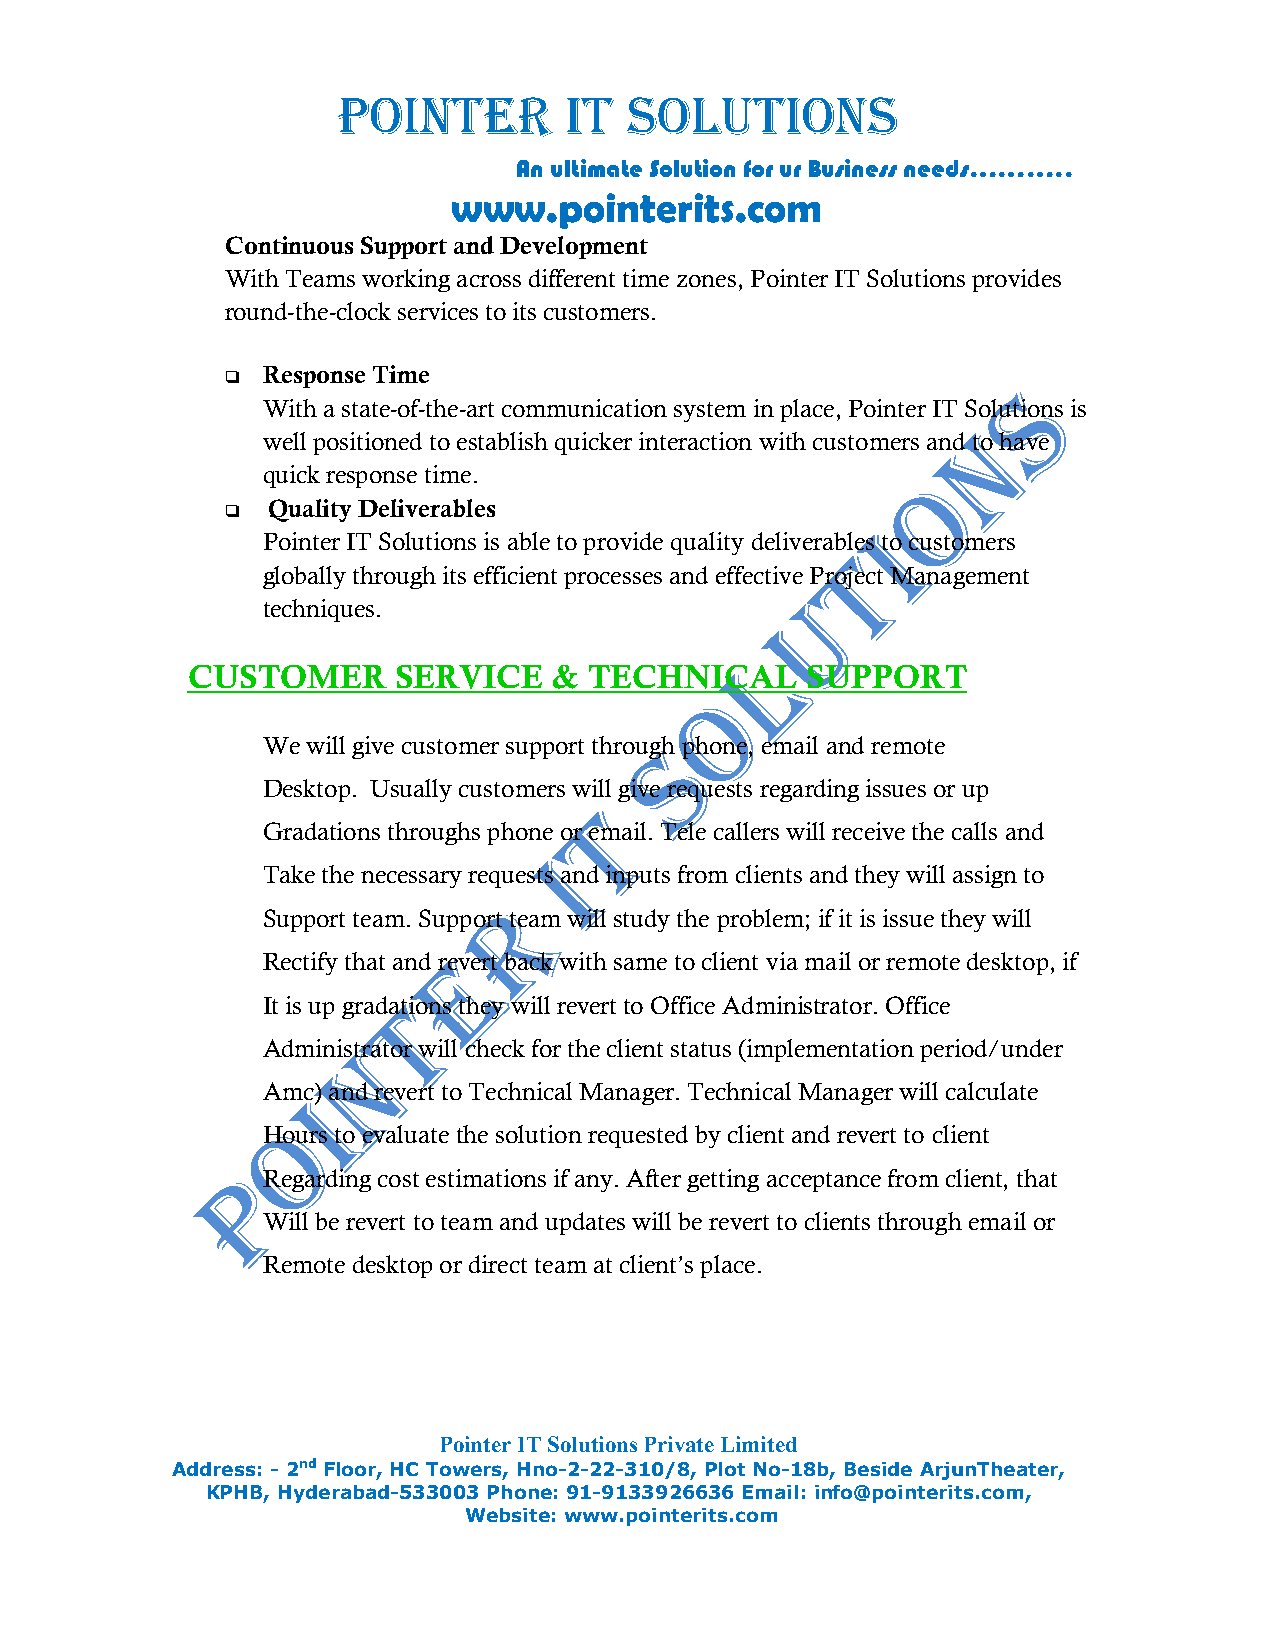
POINTER        IT   SOLUTIONS
 An ultimate Solution for ur Business needs………..
 www.pointerits.com
 Continuous Support and Development
 With Teams working across different time zones, Pointer IT Solutions provides
 round-the-clock services to its customers.
 q Response Time
 With a state-of-the-art communication system in place, Pointer IT Solutions is
 well positioned to establish quicker interaction with customers and to have
 quick response time.
 q  Quality Deliverables
 Pointer IT Solutions is able to provide quality deliverables to customers
 globally through its efficient processes and effective Project Management
 techniques.
 CUSTOMER      SERVICE    & TECHNICAL     SUPPORT
 We will give customer support through phone, email and remote
 Desktop. Usually customers will give requests regarding issues or up
 Gradations throughs phone or email. Tele callers will receive the calls and
 Take the necessary requests and inputs from clients and they will assign to
 Support team. Support team will study the problem; if it is issue they will
 Rectify that and revert back with same to client via mail or remote desktop, if
 It is up gradations they will revert to Office Administrator. Office
 Administrator will check for the client status (implementation period/under
 Amc) and revert to Technical Manager. Technical Manager will calculate
 Hours to evaluate the solution requested by client and revert to client
 Regarding cost estimations if any. After getting acceptance from client, that
 Will be revert to team and updates will be revert to clients through email or
 Remote desktop or direct team at client’s place.
 Pointer IT Solutions Private Limited
 Address: - 2nd Floor, HC Towers, Hno-2-22-310/8, Plot No-18b, Beside ArjunTheater,
 KPHB, Hyderabad-533003 Phone: 91-9133926636 Email: info@pointerits.com,
 Website: www.pointerits.com